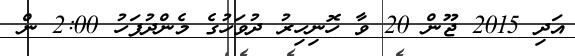
އަދި 2015 ޖޫން 20 ވާ ހޮނިހިރު ދުވަހުގެ މެންދުފަހު 2:00 ން